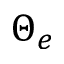
\Theta _ { e }